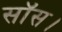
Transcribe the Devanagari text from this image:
सॉस।